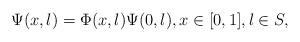
LaTeX: \begin{align*} \Psi(x,\l) = \Phi(x,\l) \Psi(0,\l),x\in [0,1], \l\in S,\end{align*}